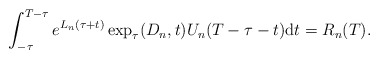
\begin{align*} \int_{-\tau}^{T - \tau} e^{L_{n} (\tau + t)} \exp_{\tau}(D_{n}, t) U_{n}(T - \tau - t) \mathrm{d}t = R_{n}(T). \end{align*}